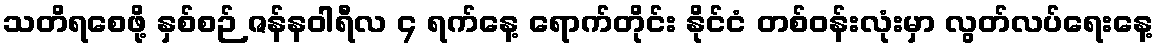
သတိရစေဖို့ နှစ်စဉ် ဇန်နဝါရီလ ၄ ရက်နေ့ ရောက်တိုင်း နိုင်ငံ တစ်ဝန်းလုံးမှာ လွတ်လပ်ရေးနေ့